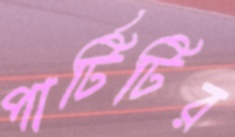
পার্টিটির